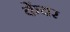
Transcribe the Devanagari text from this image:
केंयर